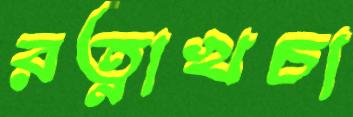
রত্নাখচা